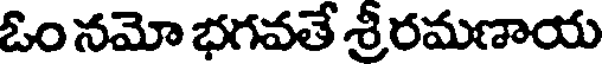
ఓం నమో భగవతే శ్రీరమణాయ